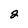
Character: 2